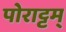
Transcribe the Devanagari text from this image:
पोराट्टम्